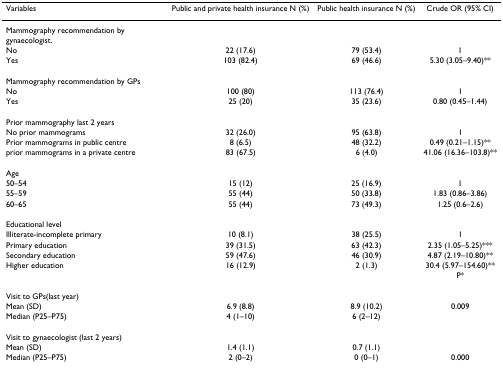
<table><thead><tr><td><b>Variables</b></td><td><b>Public and private health insurance N (%)</b></td><td><b>Public health insurance N (%)</b></td><td><b>Crude OR (95% CI)</b></td></tr></thead><tbody><tr><td>Mammography recommendation by gynaecologist.</td><td></td><td></td><td></td></tr><tr><td>No</td><td>22 (17.6)</td><td>79 (53.4)</td><td>1</td></tr><tr><td>Yes</td><td>103 (82.4)</td><td>69 (46.6)</td><td>5.30 (3.05–9.40)**</td></tr><tr><td>Mammography recommendation by GPs</td><td></td><td></td><td></td></tr><tr><td>No</td><td>100 (80)</td><td>113 (76.4)</td><td>1</td></tr><tr><td>Yes</td><td>25 (20)</td><td>35 (23.6)</td><td>0.80 (0.45–1.44)</td></tr><tr><td>Prior mammography last 2 years</td><td></td><td></td><td></td></tr><tr><td>No prior mammograms</td><td>32 (26.0)</td><td>95 (63.8)</td><td>1</td></tr><tr><td>Prior mammograms in public centre</td><td>8 (6.5)</td><td>48 (32.2)</td><td>0.49 (0.21–1.15)**</td></tr><tr><td>prior mammograms in a private centre</td><td>83 (67.5)</td><td>6 (4.0)</td><td>41.06 (16.36–103.8)**</td></tr><tr><td>Age</td><td></td><td></td><td></td></tr><tr><td>50–54</td><td>15 (12)</td><td>25 (16.9)</td><td>1</td></tr><tr><td>55–59</td><td>55 (44)</td><td>50 (33.8)</td><td>1.83 (0.86–3.86)</td></tr><tr><td>60–65</td><td>55 (44)</td><td>73 (49.3)</td><td>1.25 (0.6–2.6)</td></tr><tr><td>Educational level</td><td></td><td></td><td></td></tr><tr><td>Illiterate-incomplete primary</td><td>10 (8.1)</td><td>38 (25.5)</td><td>1</td></tr><tr><td>Primary education</td><td>39 (31.5)</td><td>63 (42.3)</td><td>2.35 (1.05–5.25)***</td></tr><tr><td>Secondary education</td><td>59 (47.6)</td><td>46 (30.9)</td><td>4.87 (2.19–10.80)**</td></tr><tr><td>Higher education</td><td>16 (12.9)</td><td>2 (1.3)</td><td>30.4 (5.97–154.60)**</td></tr><tr><td></td><td></td><td></td><td>P*</td></tr><tr><td>Visit to GPs(last year)</td><td></td><td></td><td></td></tr><tr><td>Mean (SD)</td><td>6.9 (8.8)</td><td>8.9 (10.2)</td><td>0.009</td></tr><tr><td>Median (P25–P75)</td><td>4 (1–10)</td><td>6 (2–12)</td><td></td></tr><tr><td>Visit to gynaecologist (last 2 years)</td><td></td><td></td><td></td></tr><tr><td>Mean (SD)</td><td>1.4 (1.1)</td><td>0.7 (1.1)</td><td></td></tr><tr><td>Median (P25–P75)</td><td>2 (0–2)</td><td>0 (0–1)</td><td>0.000</td></tr></tbody></table>